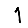
Digit: 1